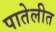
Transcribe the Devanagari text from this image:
पातेलीत